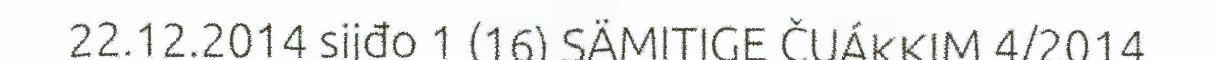
22.12.2014 sijđo 1 (16) SÄMITIGE ČUÁKKIM 4/2014